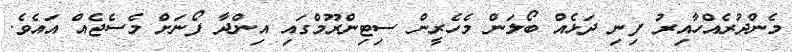
މެންދުރެއްހާއިރު ފިނި ދަޅެއް ބޯލަން މެހެރީން ސިޓިންރޫމްގައި އިންދާ ފޯނަށް މެސެޖެއް އައެވެ.